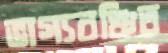
ভাগ্যবঞ্চিত